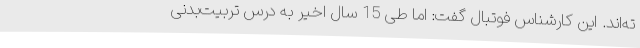
ته‌اند. این کارشناس فوتبال گفت: اما طی 15 سال اخیر به درس تربیت‌بدنی